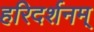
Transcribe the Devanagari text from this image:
हरिदर्शनम्